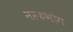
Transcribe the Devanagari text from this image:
नरकभोग